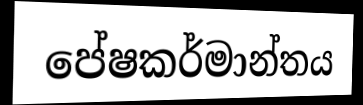
පේෂකර්මාන්තය